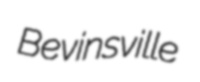
Bevinsville